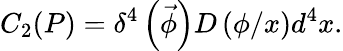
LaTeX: C_{2}(P)=\delta^{4}\left(\vec{\phi}\right)D\left(\phi/x\right)d^{4}x.